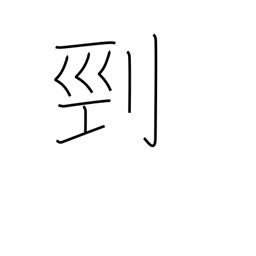
Meaning: beheading